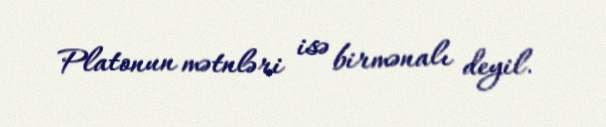
Platonun mətnləri isə birmənalı deyil.